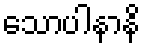
သောပါနာနိ